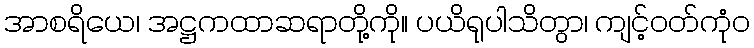
အာစရိယေ၊ အဋ္ဌကထာဆရာတို့ကို။ ပယိရုပါသိတွာ၊ ကျင့်ဝတ်ကုံဝ